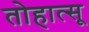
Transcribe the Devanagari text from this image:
तोहात्सू